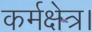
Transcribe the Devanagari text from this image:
कर्मक्षेत्र।